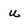
Character: U